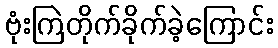
ဗုံးကြဲတိုက်ခိုက်ခဲ့ကြောင်း